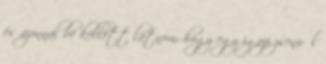
és azonnal be kellett látnom, hogy egy igazi zseniről